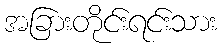
အခြားတိုင်းရင်းသား